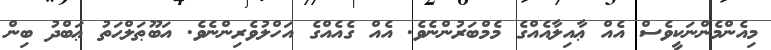
މިއެންމެންނަކީވެސް އެއް ޢާއިލާއެއްގެ މެމްބަރުންނެވެ. އެއް ގެއެއްގެ އަހްލުވެރިންނެވެ. އަބޫޠަލްޙަތު ޢަބްދު ބިން